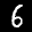
Label: 6